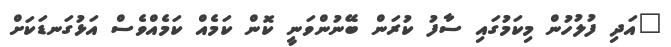
"އަދި ފުލުހުން މިކަމުގައި ސާފު ކުރަން ބޭނުންވަނީ ކޮން ކަމެއް ކަމެއްވެސް އަޅުގަނޑަކަށް